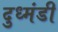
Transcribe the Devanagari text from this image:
दुध्मंडी